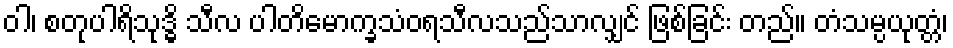
ဝါ၊ စတုပါရိသုဒ္ဓိ သီလ ပါတိမောက္ခသံဝရသီလသည်သာလျှင် ဖြစ်ခြင်း တည်။ တံသမ္ပယုတ္တံ၊